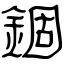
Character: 錮